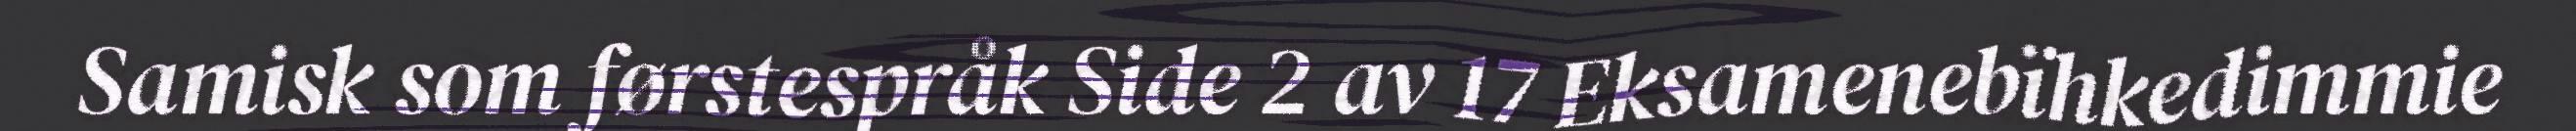
Samisk som førstespråk Side 2 av 17 Eksamenebïhkedimmie